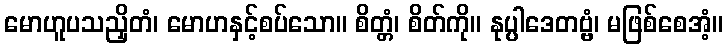
မောဟူပသညှိတံ၊ မောဟနှင့်စပ်သော။ စိတ္တံ၊ စိတ်ကို။ နုပ္ပါဒေတဗ္ဗံ၊ မဖြစ်စေအံ့။